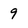
Character: 9